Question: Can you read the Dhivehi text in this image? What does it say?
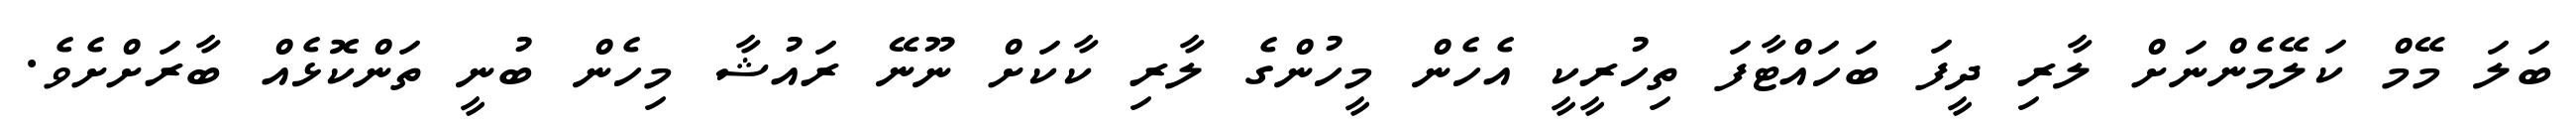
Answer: ބަލަ މޭމް ކަލޭމެންނަށް ލާރި ދީފަ ބަހައްޓާފަ ތިހުރީކީ އެހެން މީހުންގެ ލާރި ކާކަށް ނޫނޭ ރައުޝާ މިހެން ބުނީ ތަންކޮޅެއް ބާރަށްށެވެ.